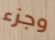
وجزء